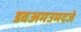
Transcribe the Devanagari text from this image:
डवअमउमदजे